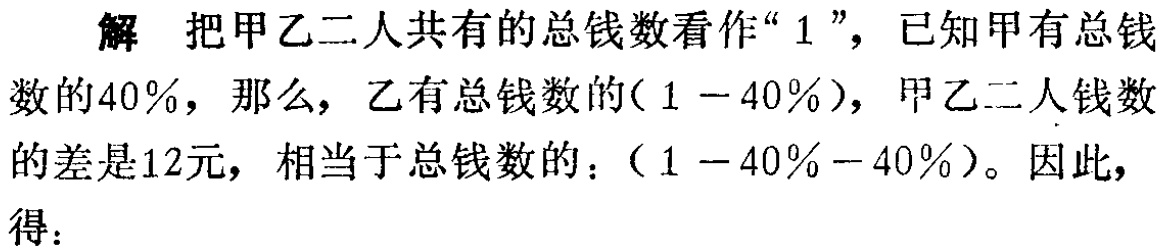
解 把甲乙二人共有的总钱数看作“$1$”，已知甲有总钱数的$40\%$，那么，乙有总钱数的$(1 - 40\%)$，甲乙二人钱数的差是$12$元，相当于总钱数的：$(1 - 40\% - 40\%)$。因此，得：